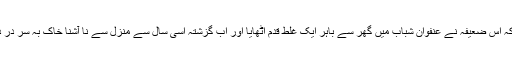
میرے استفسار پر انھوں نے بتایا کہ اس ضعیفہ نے عنفوان شباب میں گھر سے باہر ایک غلط قدم اٹھایا اور اب گزشتہ اسی سال سے منزل سے نا آشنا خاک بہ سر در در کی ٹھوکریں کھاتی پھرتی ہے۔